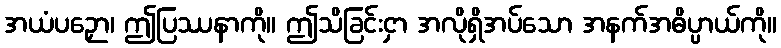
အယံပဉှော၊ ဤပြဿနာကို။ ဤသိခြင်းငှာ အလိုရှိအပ်သော အနက်အဓိပ္ပာယ်ကို။